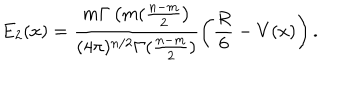
E _ { 2 } ( x ) = \frac { m \Gamma \left( m ( \frac { n - m } { 2 } \right) } { ( 4 \pi ) ^ { n / 2 } \Gamma ( \frac { n - m } { 2 } ) } \left( \frac { R } { 6 } - V ( x ) \right) .